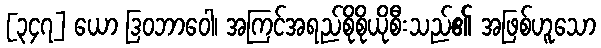
[၃၄၇] ယော ဒြဝဘာဝေါ၊ အကြင်အရည်စိုစိုယိုစီးသည်၏ အဖြစ်ဟူသော